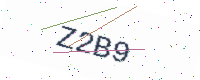
Text: Z2B9